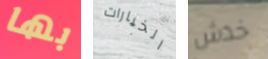
بها الخيارات خدش